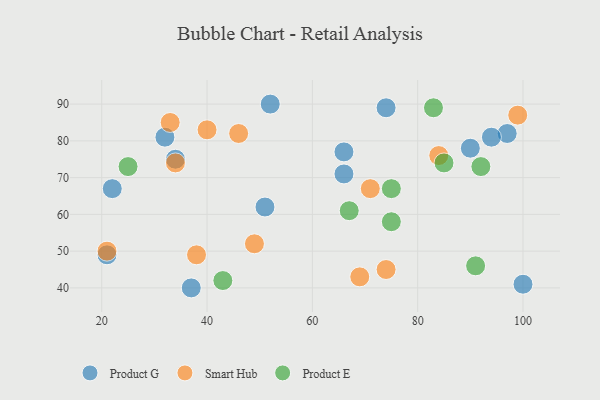
{"axis": {"x": "GDP", "y": "Life Expectancy"}, "legend": ["Product E", "Product G", "Smart Hub"], "data": [{"x": "52", "y": 90, "type": "Product G"}, {"x": "97", "y": 82, "type": "Product G"}, {"x": "94", "y": 81, "type": "Product G"}, {"x": "34", "y": 75, "type": "Product G"}, {"x": "100", "y": 41, "type": "Product G"}, {"x": "66", "y": 77, "type": "Product G"}, {"x": "21", "y": 49, "type": "Product G"}, {"x": "32", "y": 81, "type": "Product G"}, {"x": "74", "y": 89, "type": "Product G"}, {"x": "51", "y": 62, "type": "Product G"}, {"x": "22", "y": 67, "type": "Product G"}, {"x": "66", "y": 71, "type": "Product G"}, {"x": "90", "y": 78, "type": "Product G"}, {"x": "37", "y": 40, "type": "Product G"}, {"x": "21", "y": 50, "type": "Smart Hub"}, {"x": "71", "y": 67, "type": "Smart Hub"}, {"x": "40", "y": 83, "type": "Smart Hub"}, {"x": "46", "y": 82, "type": "Smart Hub"}, {"x": "33", "y": 85, "type": "Smart Hub"}, {"x": "49", "y": 52, "type": "Smart Hub"}, {"x": "38", "y": 49, "type": "Smart Hub"}, {"x": "74", "y": 45, "type": "Smart Hub"}, {"x": "69", "y": 43, "type": "Smart Hub"}, {"x": "84", "y": 76, "type": "Smart Hub"}, {"x": "99", "y": 87, "type": "Smart Hub"}, {"x": "34", "y": 74, "type": "Smart Hub"}, {"x": "75", "y": 67, "type": "Product E"}, {"x": "83", "y": 89, "type": "Product E"}, {"x": "25", "y": 73, "type": "Product E"}, {"x": "85", "y": 74, "type": "Product E"}, {"x": "75", "y": 58, "type": "Product E"}, {"x": "92", "y": 73, "type": "Product E"}, {"x": "67", "y": 61, "type": "Product E"}, {"x": "91", "y": 46, "type": "Product E"}, {"x": "43", "y": 42, "type": "Product E"}]}